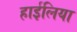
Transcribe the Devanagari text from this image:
हाईलिया